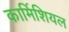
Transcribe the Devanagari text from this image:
कार्मिशियल